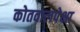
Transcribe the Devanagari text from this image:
कोतवालपेक्षा